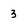
Character: 3